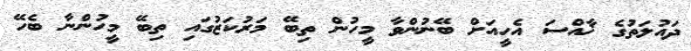
ދައުލަތުގެ ޚާއްސަ އެހީއަށް ބޭނުންވާ މީހުން ތިބޭ މަރުކަޒުގައި ތިބޭ މީހުންނާ ބެހޭ